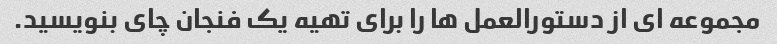
مجموعه ای از دستورالعمل ها را برای تهیه یک فنجان چای بنویسید.